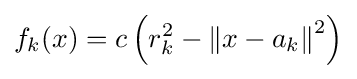
f_{k}(x)=c\left(r_{k}^{2}-\left\|x-a_{k}\right\|^{2}\right)